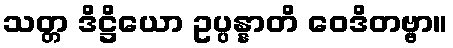
သတ္တ ဒိဋ္ဌိယော ဥပ္ပန္နာတိ ဝေဒိတဗ္ဗာ။